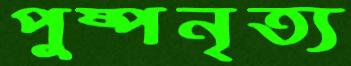
পুষ্পনৃত্য